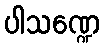
ပါသဏ္ဍေ